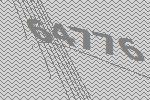
64776